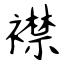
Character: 襟